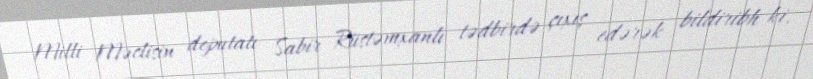
Milli Məclisin deputatı Sabir Rüstəmxanlı tədbirdə çıxış edərək bildiribh ki,